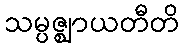
သမ္ပဇ္ဈာယတီတိ